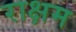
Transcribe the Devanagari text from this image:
राक्षम